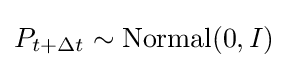
P_{t+\Delta t}\sim {\text{Normal}}(0,I)